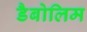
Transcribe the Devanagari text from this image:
डैबोलिम